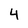
Character: 4